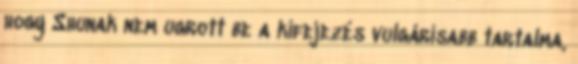
hogy Shunak nem ugrott be a kifejezés vulgárisabb tartalma,